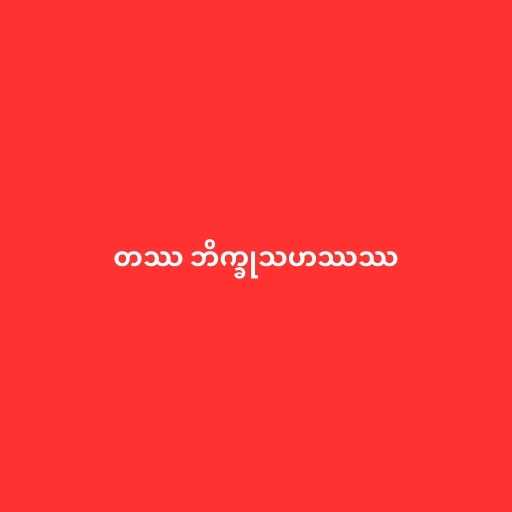
တဿ ဘိက္ခုသဟဿဿ